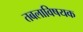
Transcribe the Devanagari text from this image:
तबलाविषयक